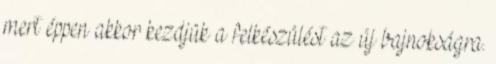
mert éppen akkor kezdjük a felkészülést az új bajnokságra.